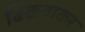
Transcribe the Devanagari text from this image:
बिकवाकर